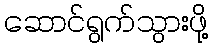
ဆောင်ရွက်သွားဖို့